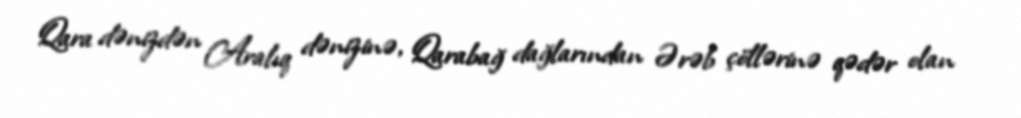
Qara dənizdən Aralıq dənizinə, Qarabağ dağlarından Ərəb çöllərinə qədər olan